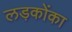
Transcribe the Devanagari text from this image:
लड़कोंका